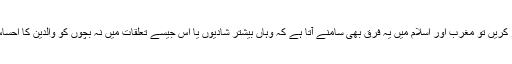
مرضی کی شادیوں پر مزید غور کریں تو مغرب اور اسلام میں یہ فرق بھی سامنے آتا ہے کہ وہاں بیشتر شادیوں یا اس جیسے تعلقات میں نہ بچوں کو والدین کا احساس ہے اور نہ والدین کو بچوں کا۔